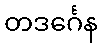
တဒင်္ဂေန